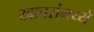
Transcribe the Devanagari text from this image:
खाचरांमध्ये